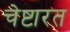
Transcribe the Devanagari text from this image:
चेष्टारत